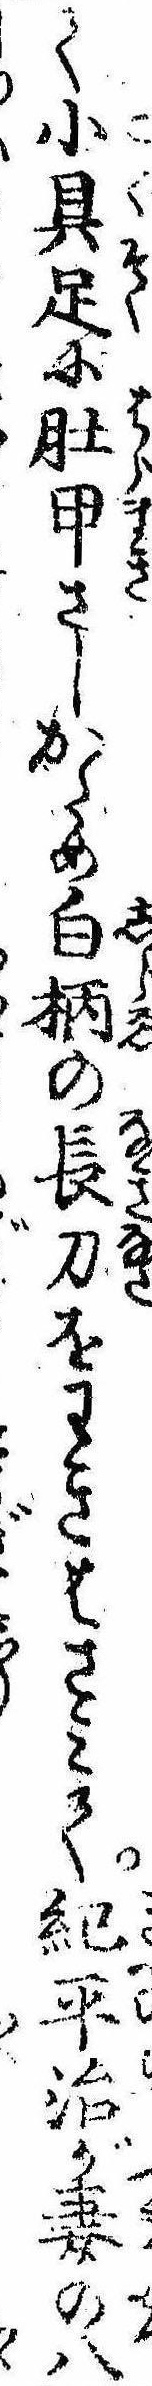
て小具足に肚甲さしかため白柄の長刀をわきはさみて紀平治が妻の八